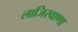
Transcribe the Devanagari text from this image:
लाजिरवाणा